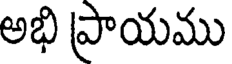
అభి ప్రాయము